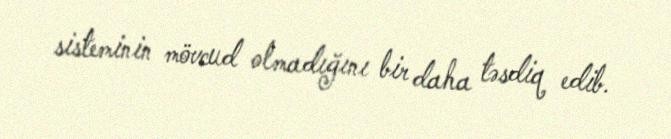
sisteminin mövcud olmadığını bir daha təsdiq edib.